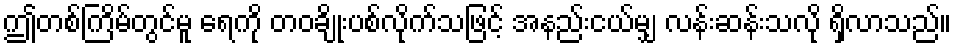
ဤတစ်ကြိမ်တွင်မူ ရေကို တဝချိုးပစ်လိုက်သဖြင့် အနည်းငယ်မျှ လန်းဆန်းသလို ရှိလာသည်။